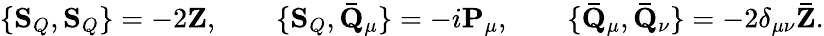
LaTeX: \{ \mathbf{S}_{Q},\mathbf{S}_{Q}\} =-2\mathbf{Z},\qquad\{ \mathbf{S}_{Q},\mathbf{\bar{Q}}_{\mu}\} =-i\mathbf{P}_{\mu},\qquad\{ \mathbf{\bar{Q}}_{\mu},\mathbf{\bar{Q}}_{\nu}\} =-2\delta_{\mu\nu}\mathbf{\bar{Z}}.